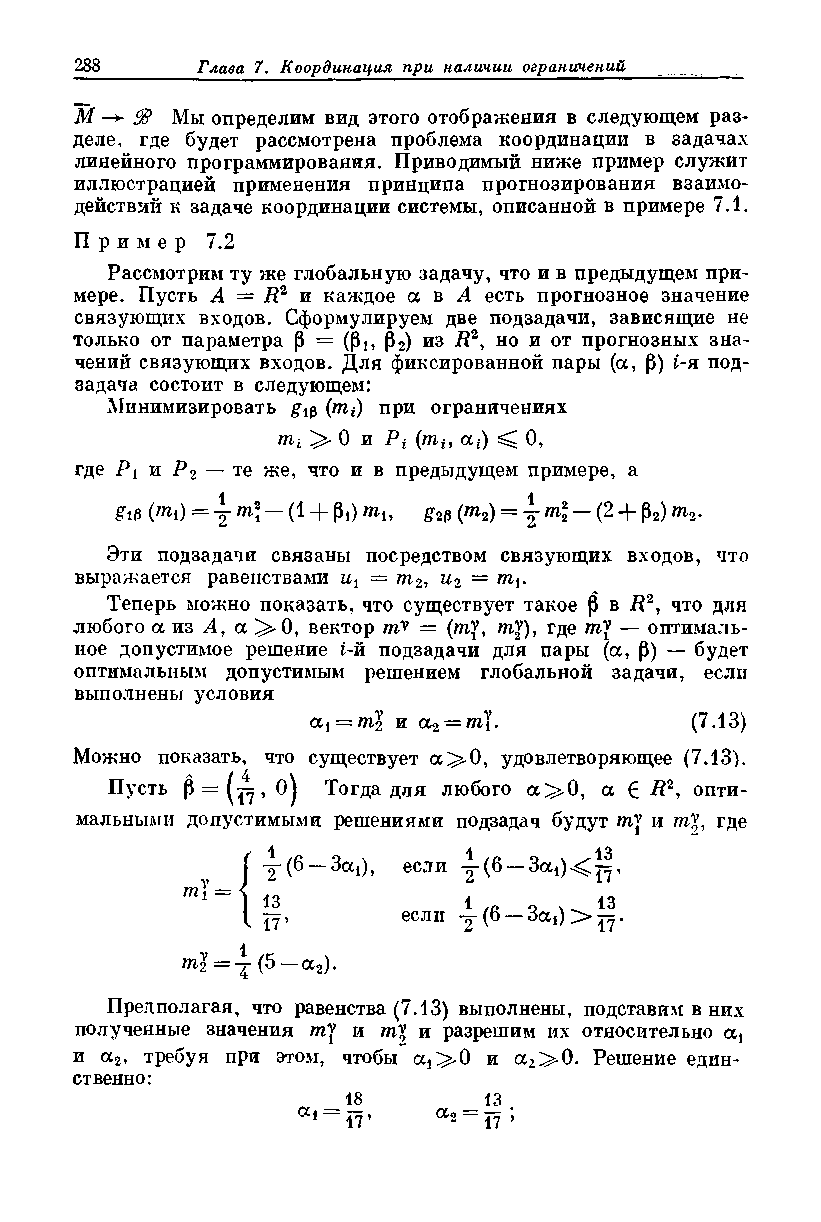
М — $8 Мы определим вид этого отображения в следующем раз­
 деле, где будет рассмотрена проблема координации в задачах
 линейного программирования. Приводимый ниже пример служит
 иллюстрацией применения принципа прогнозирования взаимо­
 действий к задаче координации системы, описанной в примере 7.1.
 Пр и м е р 7.2
 Рассмотрим ту же глобальную задачу, что и в предыдущем при­
 мере. Пусть А = R2 и каждое а в А есть прогнозное значение
 связующих входов. Сформулируем две подзадачи, зависящие не
 только от параметра |3 = ((Зь (32) из Я2, но и от прогнозных зна­
 чений связующих входов. Для фиксированной пары (а, (3) i-я под­
 задача состоит в следующем:
 Минимизировать g^ (mi) при ограничениях
 mt  0 и Pt (mt, at) ^ О,
 где Pi и Рг — те же, что и в предыдущем примере, а
 gi0 (7«i) = у т\ — С1 + Pi) ти gw (т2) = у т\ — (2 + р2) от2.
 Эти подзадачи связаны посредством связующих входов, что
 выражается равенствами Uj = т2, и2 = пь\.
 Теперь можно показать, что существует такое {3 в R2, что для
 любого аиз Л, а^О , вектор тУ — (ту, ту), где ту — оптималь­
 ное допустимое решение г-й подзадачи для пары (а, (3) — будет
 оптимальным допустимым решением глобальной задачи, если
 выполнены условия
 оц = ml и а2 = шу\.      (7.13)
 Можно показать, что существует а^>0, удовлетворяющее (7.13).
 Пусть р = , oj Тогда для любого а^О, а 6 7?2, опти-
 мальньши допустимыми решениями подзадач будут ту и ту, где
 v  j у (6 —3cci)> если у (6 — 3ai) ^ l|’
 1          если у (6 — За,)>^|.
 m| = i ( 5 - a 2).
 Предполагая, что равенства (7.13) выполнены, подставим в них
 полученные значения ту и ту и разрешим их относительно а4
 и а2, требуя при этом, чтобы а4>0 и а2>0. Решение един­
 ственно:
 18       13